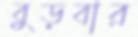
বুড়বার